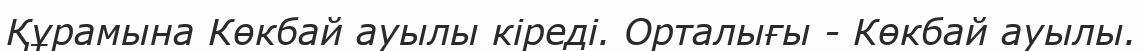
Құрамына Көкбай ауылы кіреді. Орталығы - Көкбай ауылы.